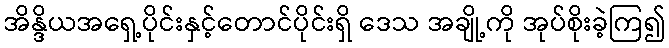
အိန္ဒိယအရှေ့ပိုင်းနှင့်တောင်ပိုင်းရှိ ဒေသ အချို့ကို အုပ်စိုးခဲ့ကြ၍